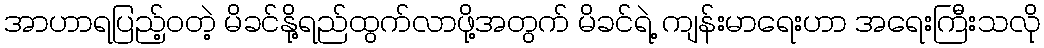
အာဟာရပြည့်ဝတဲ့ မိခင်နို့ရည်ထွက်လာဖို့အတွက် မိခင်ရဲ့ ကျန်းမာရေးဟာ အရေးကြီးသလို